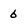
Character: 6